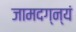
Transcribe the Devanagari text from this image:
जामदग्न्यं